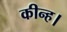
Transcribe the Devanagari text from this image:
कीन्ह।